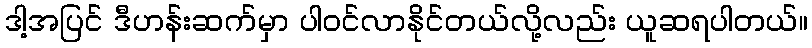
ဒါ့အပြင် ဒီဟန်းဆက်မှာ ပါဝင်လာနိုင်တယ်လို့လည်း ယူဆရပါတယ်။